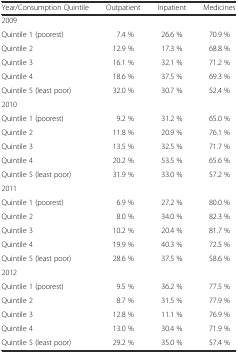
<table><thead><tr><td><b>Year/Consumption Quintile</b></td><td><b>Outpatient</b></td><td><b>Inpatient</b></td><td><b>Medicines</b></td></tr></thead><tbody><tr><td>2009</td><td></td><td></td><td></td></tr><tr><td>Quintile 1 (poorest)</td><td>7.4 %</td><td>26.6 %</td><td>70.9 %</td></tr><tr><td>Quintile 2</td><td>12.9 %</td><td>17.3 %</td><td>68.8 %</td></tr><tr><td>Quintile 3</td><td>16.1 %</td><td>32.1 %</td><td>71.2 %</td></tr><tr><td>Quintile 4</td><td>18.6 %</td><td>37.5 %</td><td>69.3 %</td></tr><tr><td>Quintile 5 (least poor)</td><td>32.0 %</td><td>30.7 %</td><td>52.4 %</td></tr><tr><td>2010</td><td></td><td></td><td></td></tr><tr><td>Quintile 1 (poorest)</td><td>9.2 %</td><td>31.2 %</td><td>65.0 %</td></tr><tr><td>Quintile 2</td><td>11.8 %</td><td>20.9 %</td><td>76.1 %</td></tr><tr><td>Quintile 3</td><td>13.5 %</td><td>32.5 %</td><td>71.7 %</td></tr><tr><td>Quintile 4</td><td>20.2 %</td><td>53.5 %</td><td>65.6 %</td></tr><tr><td>Quintile 5 (least poor)</td><td>31.9 %</td><td>33.0 %</td><td>57.2 %</td></tr><tr><td>2011</td><td></td><td></td><td></td></tr><tr><td>Quintile 1 (poorest)</td><td>6.9 %</td><td>27.2 %</td><td>80.0 %</td></tr><tr><td>Quintile 2</td><td>8.0 %</td><td>34.0 %</td><td>82.3 %</td></tr><tr><td>Quintile 3</td><td>10.2 %</td><td>20.4 %</td><td>81.7 %</td></tr><tr><td>Quintile 4</td><td>19.9 %</td><td>40.3 %</td><td>72.5 %</td></tr><tr><td>Quintile 5 (least poor)</td><td>28.6 %</td><td>37.5 %</td><td>58.6 %</td></tr><tr><td>2012</td><td></td><td></td><td></td></tr><tr><td>Quintile 1 (poorest)</td><td>9.5 %</td><td>36.2 %</td><td>77.5 %</td></tr><tr><td>Quintile 2</td><td>8.7 %</td><td>31.5 %</td><td>77.9 %</td></tr><tr><td>Quintile 3</td><td>12.8 %</td><td>11.1 %</td><td>76.9 %</td></tr><tr><td>Quintile 4</td><td>13.0 %</td><td>30.4 %</td><td>71.9 %</td></tr><tr><td>Quintile 5 (least poor)</td><td>29.2 %</td><td>35.0 %</td><td>57.4 %</td></tr></tbody></table>